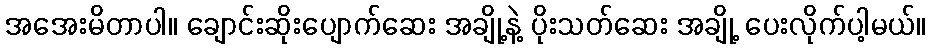
အအေးမိတာပါ။ ချောင်းဆိုးပျောက်ဆေး အချို့နဲ့ ပိုးသတ်ဆေး အချို့ ပေးလိုက်ပါ့မယ်။